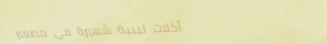
أكلات ليبية شهيرة في مطعم